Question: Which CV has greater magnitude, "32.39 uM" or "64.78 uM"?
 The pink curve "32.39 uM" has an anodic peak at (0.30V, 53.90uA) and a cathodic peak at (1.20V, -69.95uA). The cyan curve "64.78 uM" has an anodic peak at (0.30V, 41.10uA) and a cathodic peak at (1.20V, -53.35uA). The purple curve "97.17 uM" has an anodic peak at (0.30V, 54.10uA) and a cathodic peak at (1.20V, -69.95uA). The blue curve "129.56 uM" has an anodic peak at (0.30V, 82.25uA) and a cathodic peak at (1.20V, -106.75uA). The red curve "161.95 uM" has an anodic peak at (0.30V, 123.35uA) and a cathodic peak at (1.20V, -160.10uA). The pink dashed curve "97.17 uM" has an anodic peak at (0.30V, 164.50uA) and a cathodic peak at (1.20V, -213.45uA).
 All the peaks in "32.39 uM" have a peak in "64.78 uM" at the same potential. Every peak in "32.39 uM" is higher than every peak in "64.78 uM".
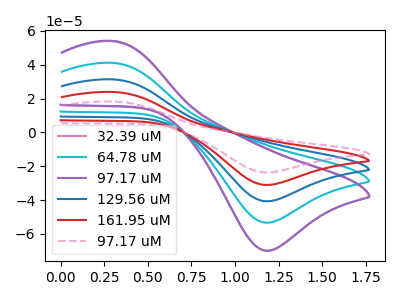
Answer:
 <answer>"32.39 uM" has more signal than "64.78 uM".</answer>
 <eval>more_signal</eval>